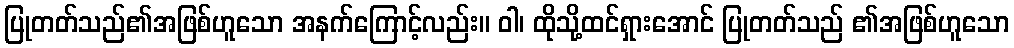
ပြုတတ်သည်၏အဖြစ်ဟူသော အနက်ကြောင့်လည်း။ ဝါ၊ ထိုသို့ထင်ရှားအောင် ပြုတတ်သည် ၏အဖြစ်ဟူသော